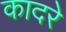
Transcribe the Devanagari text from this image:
कादरे